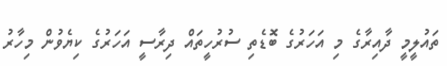
ތައުލީމީ ދާއިރާގެ މި އަހަރުގެ ބޮޑެތި ސުރުހީތައް ދިރާސީ އަހަރުގެ ކިޔެވުން މިހާރު